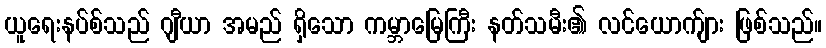
ယူရေးနပ်စ်သည် ဂျီယာ အမည် ရှိသော ကမ္ဘာမြေကြီး နတ်သမီး၏ လင်ယောက်ျား ဖြစ်သည်။